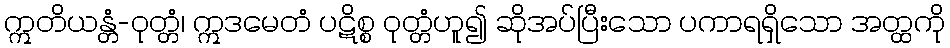
ဣတိယန္တံ-ဝုတ္တံ၊ ဣဒမေတံ ပဋိစ္စ ဝုတ္တံဟူ၍ ဆိုအပ်ပြီးသော ပကာရရှိသော အတ္ထကို